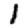
Digit: 1